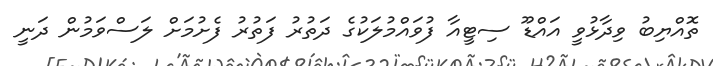
ތޮއްޔިބު ވިދާޅުވީ އައްޑޫ ސިޓީއާ ފުވައްމުލަކުގެ ދަތުރު ފަތުރު ފެށުމަށް ލަސްވަމުން ދަނީ